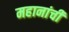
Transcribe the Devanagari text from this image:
महानांची